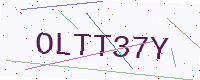
Text: OLTT37Y